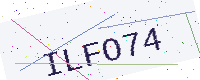
Text: ILFO74